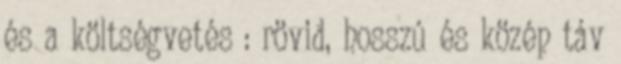
és a költségvetés : rövid, hosszú és közép táv